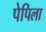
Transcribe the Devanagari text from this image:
पेपिला